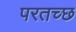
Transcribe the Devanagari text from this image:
परतच्‍छ